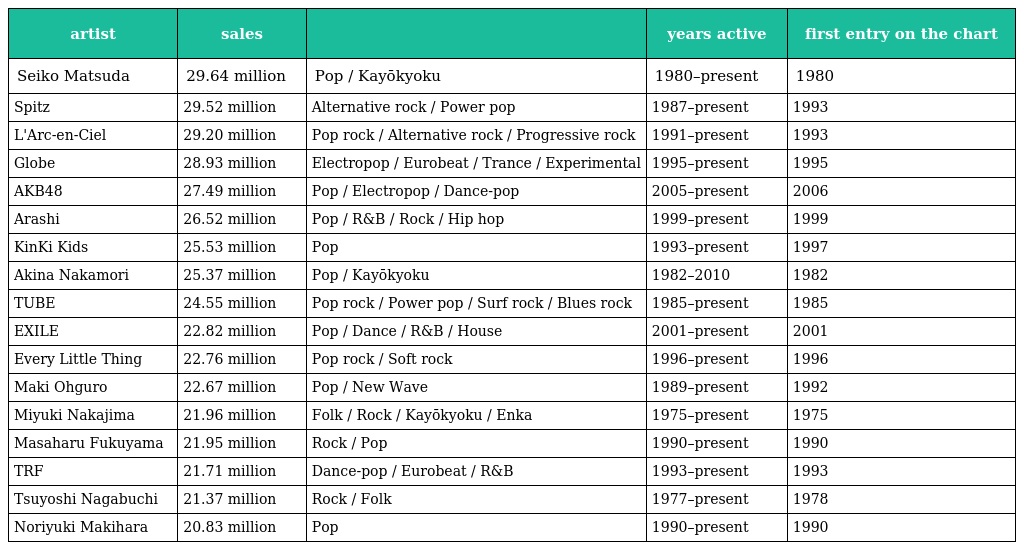
| artist | sales |  | years active | first entry on the chart |
 | --- | --- | --- | --- | --- |
 | Seiko Matsuda | 29.64 million | Pop / Kayōkyoku | 1980–present | 1980 |
 | Spitz | 29.52 million | Alternative rock / Power pop | 1987–present | 1993 |
 | L'Arc-en-Ciel | 29.20 million | Pop rock / Alternative rock / Progressive rock | 1991–present | 1993 |
 | Globe | 28.93 million | Electropop / Eurobeat / Trance / Experimental | 1995–present | 1995 |
 | AKB48 | 27.49 million | Pop / Electropop / Dance-pop | 2005–present | 2006 |
 | Arashi | 26.52 million | Pop / R&B / Rock / Hip hop | 1999–present | 1999 |
 | KinKi Kids | 25.53 million | Pop | 1993–present | 1997 |
 | Akina Nakamori | 25.37 million | Pop / Kayōkyoku | 1982–2010 | 1982 |
 | TUBE | 24.55 million | Pop rock / Power pop / Surf rock / Blues rock | 1985–present | 1985 |
 | EXILE | 22.82 million | Pop / Dance / R&B / House | 2001–present | 2001 |
 | Every Little Thing | 22.76 million | Pop rock / Soft rock | 1996–present | 1996 |
 | Maki Ohguro | 22.67 million | Pop / New Wave | 1989–present | 1992 |
 | Miyuki Nakajima | 21.96 million | Folk / Rock / Kayōkyoku / Enka | 1975–present | 1975 |
 | Masaharu Fukuyama | 21.95 million | Rock / Pop | 1990–present | 1990 |
 | TRF | 21.71 million | Dance-pop / Eurobeat / R&B | 1993–present | 1993 |
 | Tsuyoshi Nagabuchi | 21.37 million | Rock / Folk | 1977–present | 1978 |
 | Noriyuki Makihara | 20.83 million | Pop | 1990–present | 1990 |